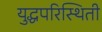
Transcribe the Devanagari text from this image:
युद्धपरिस्थिती